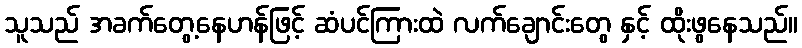
သူသည် အခက်တွေ့နေဟန်ဖြင့် ဆံပင်ကြားထဲ လက်ချောင်းတွေ နှင့် ထိုးဖွနေသည်။